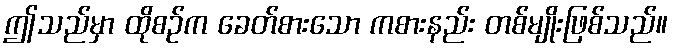
ဤသည်မှာ ထိုစဉ်က ခေတ်စားသော ကစားနည်း တစ်မျိုးဖြစ်သည်။